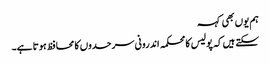
ہم یوں بھی کہہ
سکتے ہیں کہ پولیس کا محکمہ اندرونی سرحدوں کا محافظ ہوتا ہے۔